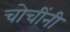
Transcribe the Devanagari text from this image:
चोचींनी